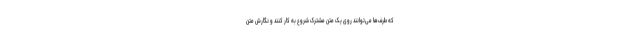
که طرف‌ها می‌توانند روی یک متن مشترک شروع به کار کنند و نگارش متن